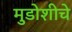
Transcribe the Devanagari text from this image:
मुडोशीचे